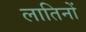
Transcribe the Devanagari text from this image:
लातिनों